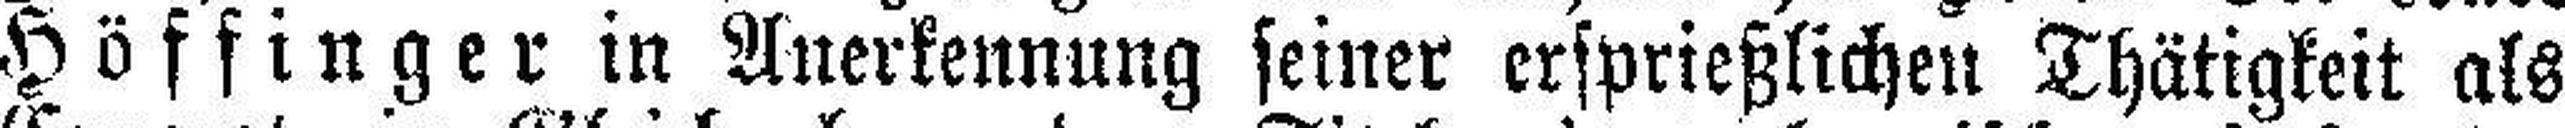
Höffinger in Anerkennung seiner ersprießlichen Thätigkeit als